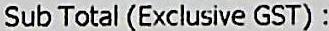
SUB TOTAL (EXCLUSIVE GST) :